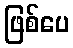
ဖြစ်ပေ